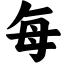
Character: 每